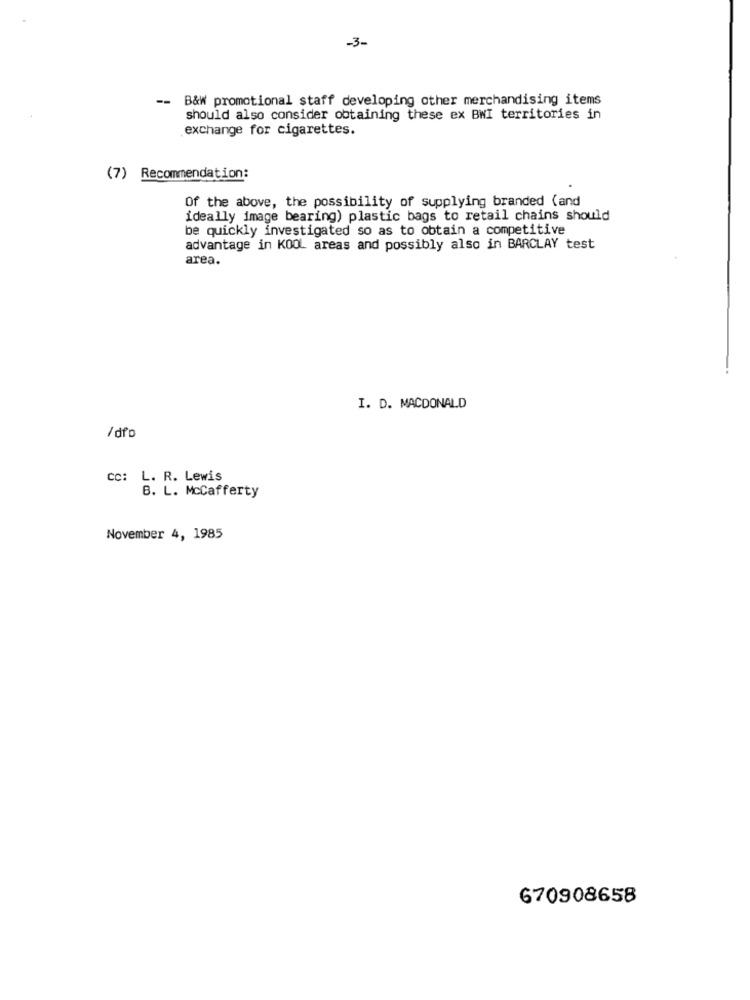
-3-
--
B&W promotional staff developing other merchandising items
should also consider obtaining these ex BWI territories in
.exchange for cigarettes.
(7) Recommendation:
Of the above, the possibility of supplying branded (and
ideally image bearing) plastic bags to retail chains should
be quickly investigated so as to obtain a competitive
advantage in KOOL areas and possibly also in BARCLAY test
area.
I. D. MACDONALD
/ dPo
Cc: L. R. Lewis
B. L. McCafferty
November 4, 1985
670908658